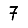
Digit: 7